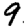
Digit: 9